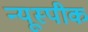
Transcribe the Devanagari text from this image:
न्यूस्पीक